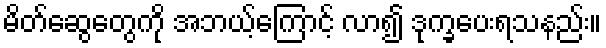
မိတ်ဆွေတွေကို အဘယ့်ကြောင့် လာ၍ ဒုက္ခပေးရသနည်း။